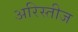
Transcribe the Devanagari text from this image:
अरिस्तीज